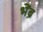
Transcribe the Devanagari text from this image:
भेंब्रे